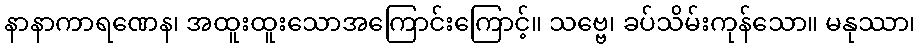
နာနာကာရဏေန၊ အထူးထူးသောအကြောင်းကြောင့်။ သဗ္ဗေ၊ ခပ်သိမ်းကုန်သော။ မနုဿာ၊